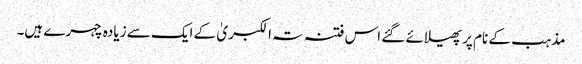
مذہب کے نام پر پھیلائے گئے اس فتنہ تہ الکبریٰ کے ایک سے زیادہ چہرے ہیں۔